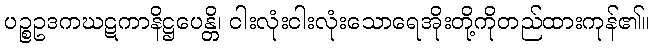
ပဉ္စဥဒကဃဋကာနိဋ္ဌပေန္တိ၊ ငါးလုံးငါးလုံးသောရေအိုးတို့ကိုတည်ထားကုန်၏။